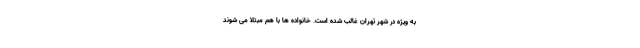
به ویژه در شهر تهران غالب شده است. خانواده ها با هم مبتلا می شوند